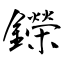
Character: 鑅